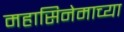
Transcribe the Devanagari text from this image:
महासिनेमाच्या